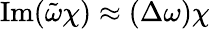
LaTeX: \operatorname{Im}(\tilde{\omega}\chi)\approx(\Delta\omega)\chi